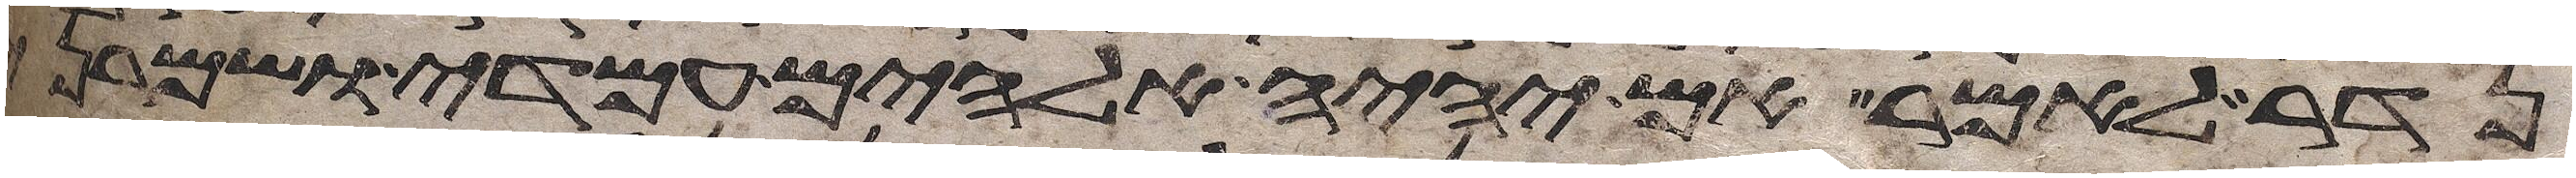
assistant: נדר לאמר אם יהיה אלהים עמדי ושמרני